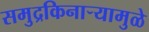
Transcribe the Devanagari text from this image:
समुद्रकिनाऱ्यामुळे